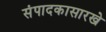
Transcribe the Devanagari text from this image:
संपादकासारखे